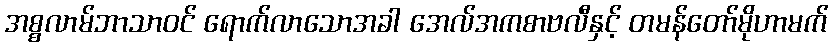
အစ္စလာမ်ဘာသာဝင် ရောက်လာသောအခါ အေလ်အကစာဗလီနှင့် တမန်တော်မိုဟာမက်